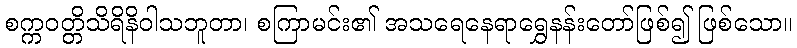
စက္ကဝတ္တိသိရိနိဝါသဘူတာ၊ စကြာမင်း၏ အသရေနေရာရွှေနန်းတော်ဖြစ်၍ ဖြစ်သော။